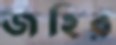
জহির